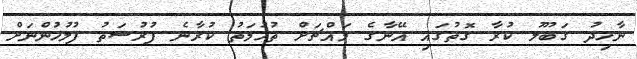
ނާހިދު ގަބޫލު ކުރާ ގޮތުގައި އޭނާގެ މައްޗަށް ތުހުމަތު ކުރާނެ ފުރުސަތު ފުލުހުންނަށް